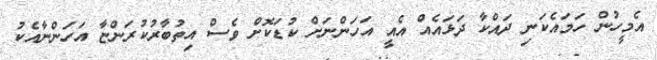
އެމީހުން ހަމައެކަނި ދައްކާ ދަޅައެއް އެއީ އަހަންނަށް ކުޑަކޮށް ވެސް އިތުބާރުކުރަންޏާ އަހަންނާއެކު